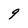
Character: g